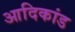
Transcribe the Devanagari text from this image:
आदिकांड